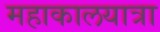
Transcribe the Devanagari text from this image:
महाकालयात्रा